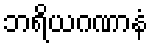
ဘရိယဂဏာနံ